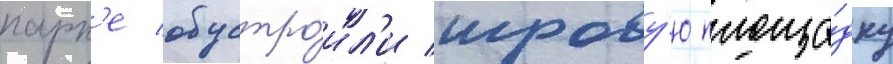
парк'е обустро́ил'и игрову́ю площа́дку